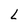
Character: L